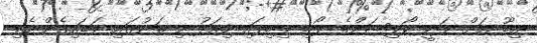
އިބޫ އަށް ވަނީ ކޯލިޝަންގެ ލޯބި ލިބިފައި މިއަދު މި ތަނުގައި ވަޑައިގެންނެވި